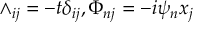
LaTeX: \wedge _ { i j } = - t \delta _ { i j } , \Phi _ { n j } = - i \psi _ { n } x _ { j }